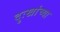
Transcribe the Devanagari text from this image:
दुःखांच्या